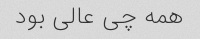
همه چی عالی بود